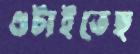
গুটাইতেছ